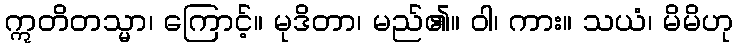
ဣတိတသ္မာ၊ ကြောင့်။ မုဒိတာ၊ မည်၏။ ဝါ၊ ကား။ သယံ၊ မိမိဟု